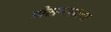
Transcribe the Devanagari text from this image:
मोसमातल्या